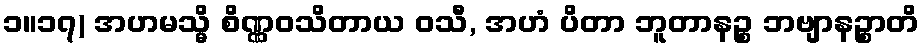
၁။၁၇) အဟမသ္မိ စိဏ္ဏဝသိတာယ ဝသီ, အဟံ ပိတာ ဘူတာနဉ္စ ဘဗျာနဉ္စာတိ